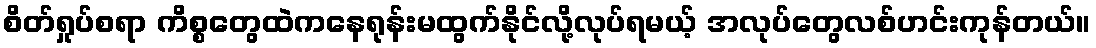
စိတ်ရှုပ်စရာ ကိစ္စတွေထဲကနေရုန်းမထွက်နိုင်လို့လုပ်ရမယ့် အလုပ်တွေလစ်ဟင်းကုန်တယ်။